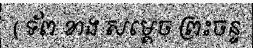
( ទ័ព ខាង សម្តេច ព្រះចន្ទ